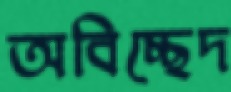
অবিচ্ছেদ